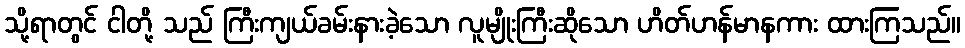
သို့ရာတွင် ငါတို့ သည် ကြီးကျယ်ခမ်းနားခဲ့သော လူမျိုးကြီးဆိုသော ဟိတ်ဟန်မာနကား ထားကြသည်။